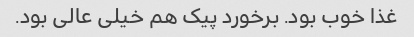
غذا خوب بود. برخورد پیک هم خیلی عالی بود.